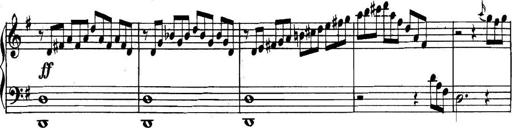
Title: Collected Piano Sonatas
Composer: Muzio Clementi